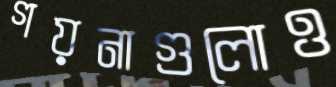
গয়নাগুলোও